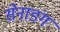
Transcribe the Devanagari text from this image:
सेनाडंग